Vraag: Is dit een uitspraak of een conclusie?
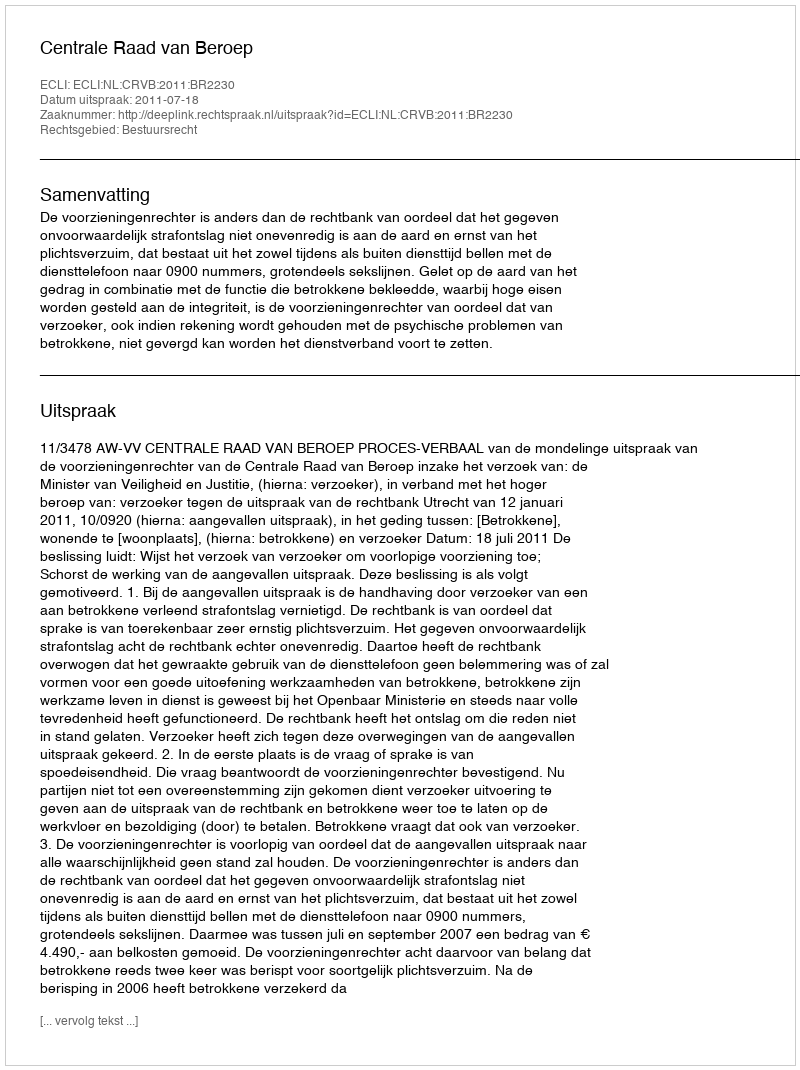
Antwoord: Uitspraak